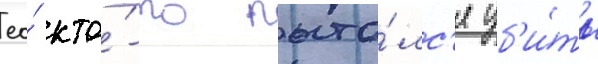
ео́ кто́-то пыта́лс'я уб'и́ть